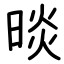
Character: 晱